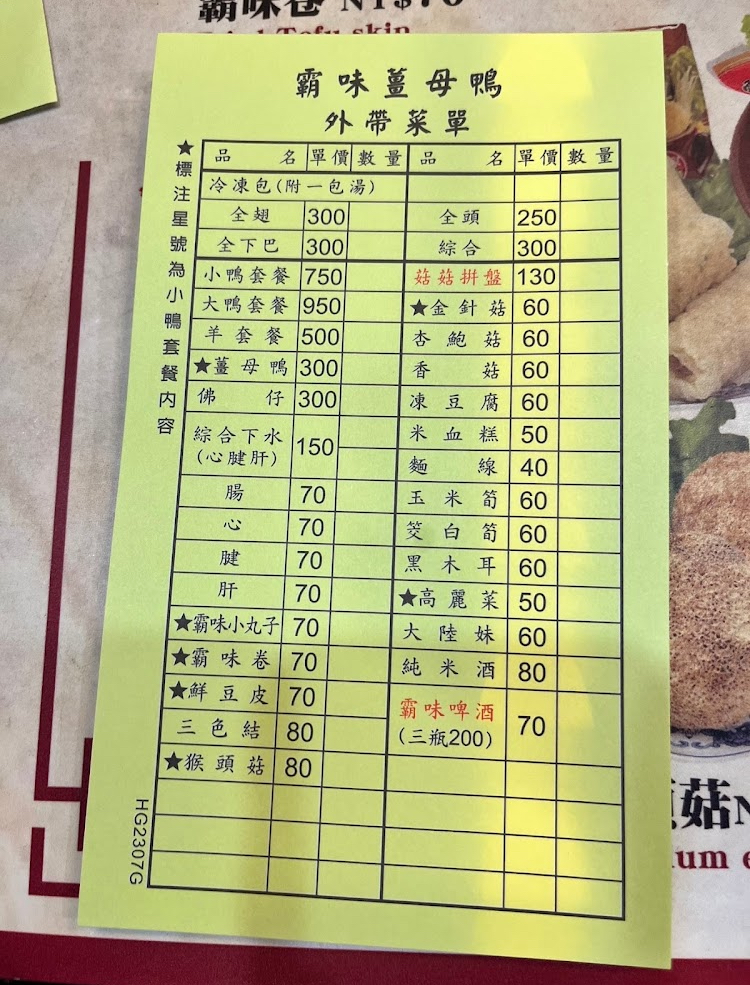
餐廳：霸味薑母鴨
菜單：
name: 全翅
price: 300
name: 全頭
price: 250
name: 全下巴
price: 300
name: 綜合
price: 300
name: 小鴨套餐
price: 750
name: 大鴨套餐
price: 950
name: 羊套餐
price: 500
name: 薑母鴨
price: 300
name: 佛仔
price: 300
name: 綜合下水(心腱肝)
price: 150
name: 腸
price: 70
name: 心
price: 70
name: 腱
price: 70
name: 肝
price: 70
name: 霸味小丸子
price: 70
name: 霸味卷
price: 70
name: 純米酒
price: 80
name: 三色結
price: 80
name: 菇菇拼盤
price: 130
name: ★金針菇
price: 60
name: 杏鮑菇
price: 60
name: 香菇
price: 60
name: 凍豆腐
price: 60
name: 米血糕
price: 50
name: 麵線
price: 40
name: 玉米筍
price: 60
name: 筊白筍
price: 60
name: 黑木耳
price: 60
name: ★高麗菜
price: 50
name: 大陸妹
price: 60
name: 鮮豆皮
price: 70
name: 猴頭菇
price: 80
name: 霸味啤酒(三瓶200)
price: 70